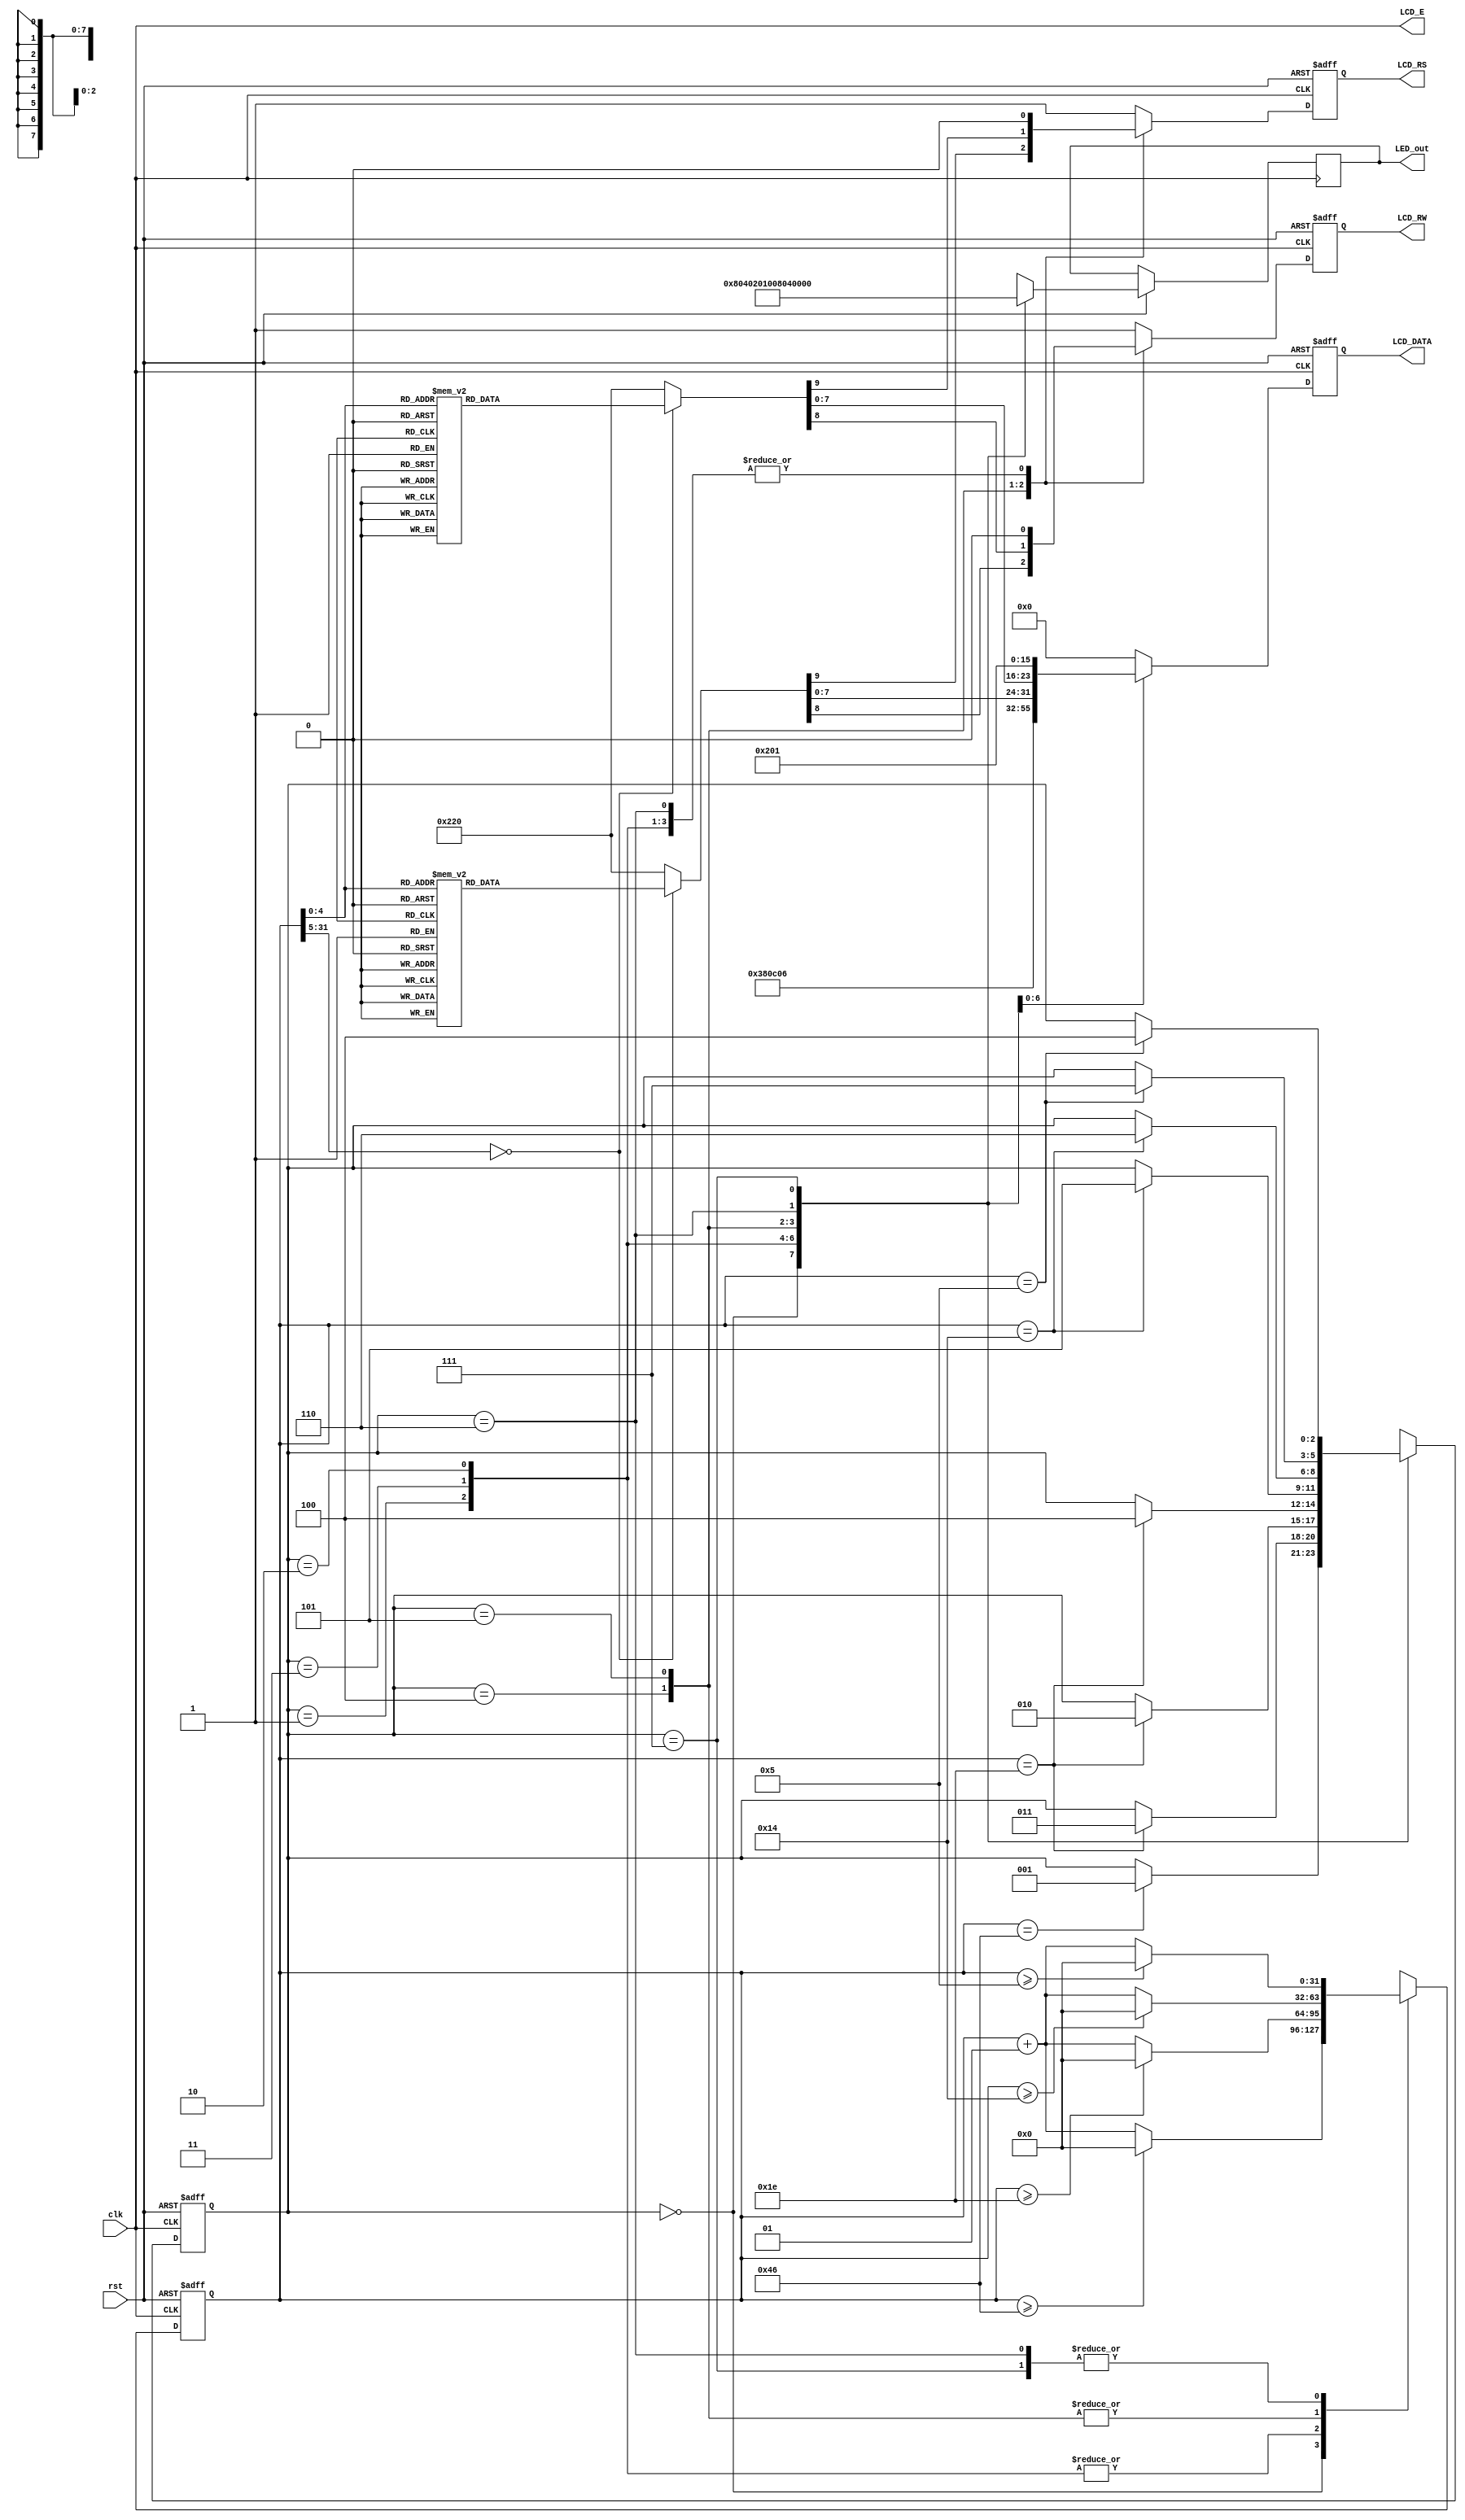
`timescale 1ns / 1ps
//////////////////////////////////////////////////////////////////////////////////
// Company: 
// Engineer: 
// 
// Design Name: 
// Module Name: text_LCD_basic_C
// Project Name: 
// Target Devices: 
// Tool Versions: 
// Description: 
// 
// Dependencies: 
// 
// Revision:
// Revision 0.01 - File Created
// Additional Comments:
// 
//////////////////////////////////////////////////////////////////////////////////


module text_LCD_basic_C(rst, clk, LCD_E, LCD_RS, LCD_RW, LCD_DATA, LED_out);

input rst, clk;

output LCD_E, LCD_RS, LCD_RW;
output reg [7:0] LCD_DATA;
output reg [7:0] LED_out;

wire LCD_E;
reg LCD_RS, LCD_RW;

reg [2:0] state; 
parameter DELAY = 3'b000,
          FUNCTION_SET = 3'b001,
          ENTRY_MODE = 3'b010,
          DISP_ONOFF = 3'b011,
          LINE1 = 3'b100,
          LINE2 = 3'b101,
          DELAY_T = 3'b110,
          CLEAR_DISP = 3'b111;

integer cnt;

always @(posedge clk or negedge rst) begin
    if(!rst) begin 
        state = DELAY;
        cnt = 0;
    end
    else begin
        case(state)
            DELAY : begin
                LED_out = 8'b1000_0000;
                if (cnt == 70) state = FUNCTION_SET;  
                if(cnt >= 70) cnt = 0;
                else cnt = cnt + 1; 
            end
            FUNCTION_SET : begin
                LED_out = 8'b0100_0000;
                if (cnt == 30) state = DISP_ONOFF;
                if(cnt >= 30) cnt = 0;
                else cnt = cnt + 1;
            end
            DISP_ONOFF : begin
                LED_out = 8'b0010_0000;
                if (cnt == 30) state = ENTRY_MODE;
                if(cnt >= 30) cnt = 0;
                else cnt = cnt + 1;
            end
            ENTRY_MODE : begin
                LED_out = 8'b0001_0000;
                if (cnt == 30) state = LINE1;
                if(cnt >= 30) cnt = 0;
                else cnt = cnt + 1;
            end
            LINE1 : begin
                LED_out = 8'b0000_1000;
                if (cnt == 20) state = LINE2;
                if(cnt >= 20) cnt = 0;
                else cnt = cnt + 1;
            end
            LINE2 : begin
                LED_out = 8'b0000_0100;
                if (cnt == 20) state = DELAY_T;
                if(cnt >= 20) cnt = 0;
                else cnt = cnt + 1;
            end
            DELAY_T : begin
                LED_out = 8'b0000_0010;
                if (cnt == 5) state = CLEAR_DISP;
                if(cnt >= 5) cnt = 0;
                else cnt = cnt + 1;
            end
            CLEAR_DISP : begin
                LED_out = 8'b0000_0001;
                if (cnt == 5) state = LINE1;
                if(cnt >= 5) cnt = 0;
                else cnt = cnt + 1;
            end
            default : state = DELAY;
        endcase
    end
end

always @(posedge clk or negedge rst)
begin
    if(!rst) 
        {LCD_RS, LCD_RW, LCD_DATA} = 10'b1_1_00000000;
    else begin
        case(state)
            FUNCTION_SET :
                {LCD_RS, LCD_RW, LCD_DATA} = 10'b0_0_0011_1000;
            DISP_ONOFF :
                {LCD_RS, LCD_RW, LCD_DATA} = 10'b0_0_0000_1100;
            ENTRY_MODE :
                {LCD_RS, LCD_RW, LCD_DATA} = 10'b0_0_0000_0110;
            LINE1 :
                begin
                    case(cnt)
                    00 : {LCD_RS, LCD_RW, LCD_DATA} = 10'b0_0_1000_0011;
                    01 : {LCD_RS, LCD_RW, LCD_DATA} = 10'b1_0_0010_0000; // 
                    02 : {LCD_RS, LCD_RW, LCD_DATA} = 10'b1_0_0100_1000; // H
                    03 : {LCD_RS, LCD_RW, LCD_DATA} = 10'b1_0_0100_0101; // E
                    04 : {LCD_RS, LCD_RW, LCD_DATA} = 10'b1_0_0100_1100; // L
                    05 : {LCD_RS, LCD_RW, LCD_DATA} = 10'b1_0_0100_1100; // L
                    06 : {LCD_RS, LCD_RW, LCD_DATA} = 10'b1_0_0100_1111; // O
                    07 : {LCD_RS, LCD_RW, LCD_DATA} = 10'b1_0_0010_0000; //
                    08 : {LCD_RS, LCD_RW, LCD_DATA} = 10'b1_0_0101_0111; // W
                    09 : {LCD_RS, LCD_RW, LCD_DATA} = 10'b1_0_0100_1111; // O
                    10 : {LCD_RS, LCD_RW, LCD_DATA} = 10'b1_0_0101_0010; // R
                    11 : {LCD_RS, LCD_RW, LCD_DATA} = 10'b1_0_0100_1100; // L
                    12 : {LCD_RS, LCD_RW, LCD_DATA} = 10'b1_0_0100_0100; // D
                    13 : {LCD_RS, LCD_RW, LCD_DATA} = 10'b1_0_0010_0001; // !
                    14 : {LCD_RS, LCD_RW, LCD_DATA} = 10'b1_0_0010_0000; // 
                    15 : {LCD_RS, LCD_RW, LCD_DATA} = 10'b1_0_0010_0000; //
                    16 : {LCD_RS, LCD_RW, LCD_DATA} = 10'b1_0_0010_0000; //
                    default : {LCD_RS, LCD_RW, LCD_DATA} = 10'b1_0_0010_0000; //
                endcase
           end
           LINE2 :
                begin
                    case(cnt)
                    00 : {LCD_RS, LCD_RW, LCD_DATA} = 10'b0_0_1100_0011;
                    01 : {LCD_RS, LCD_RW, LCD_DATA} = 10'b1_0_0011_0010; // 2
                    02 : {LCD_RS, LCD_RW, LCD_DATA} = 10'b1_0_0011_0000; // 0
                    03 : {LCD_RS, LCD_RW, LCD_DATA} = 10'b1_0_0011_0010; // 2
                    04 : {LCD_RS, LCD_RW, LCD_DATA} = 10'b1_0_0011_0000; // 0
                    05 : {LCD_RS, LCD_RW, LCD_DATA} = 10'b1_0_0011_0100; // 4
                    06 : {LCD_RS, LCD_RW, LCD_DATA} = 10'b1_0_0011_0100; // 4
                    07 : {LCD_RS, LCD_RW, LCD_DATA} = 10'b1_0_0011_0000; // 0
                    08 : {LCD_RS, LCD_RW, LCD_DATA} = 10'b1_0_0011_0001; // 1
                    09 : {LCD_RS, LCD_RW, LCD_DATA} = 10'b1_0_0011_0100; // 4
                    10 : {LCD_RS, LCD_RW, LCD_DATA} = 10'b1_0_0011_0111; // 7
                    11 : {LCD_RS, LCD_RW, LCD_DATA} = 10'b1_0_0010_0000; // 
                    12 : {LCD_RS, LCD_RW, LCD_DATA} = 10'b1_0_0101_1000; // H
                    13 : {LCD_RS, LCD_RW, LCD_DATA} = 10'b1_0_0100_1011; // K
                    14 : {LCD_RS, LCD_RW, LCD_DATA} = 10'b1_0_0101_0011; // S
                    15 : {LCD_RS, LCD_RW, LCD_DATA} = 10'b1_0_0010_0000; //
                    16 : {LCD_RS, LCD_RW, LCD_DATA} = 10'b1_0_0010_0000; //
                    default : {LCD_RS, LCD_RW, LCD_DATA} = 10'b1_0_0010_0000; //
                endcase
            end
            DELAY_T : 
                {LCD_RS, LCD_RW, LCD_DATA} = 10'b0_0_0000_0010;
            CLEAR_DISP :
                {LCD_RS, LCD_RW, LCD_DATA} = 10'b0_0_0000_0001;
            default :
                {LCD_RS, LCD_RW, LCD_DATA} = 10'b1_1_0000_0000;
         endcase
     end
end

assign LCD_E = clk;
   
endmodule